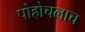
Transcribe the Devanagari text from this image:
पोहोचलाच